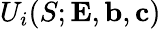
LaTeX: U_{i}(S;{\mathbf{E}},{\mathbf{b}},{\mathbf{c}})